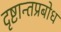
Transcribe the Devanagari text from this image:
दृष्टान्तप्रबोध